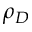
\rho _ { D }